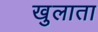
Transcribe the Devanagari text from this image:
खुलाता